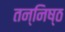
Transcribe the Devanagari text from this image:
तन्निष्ठ